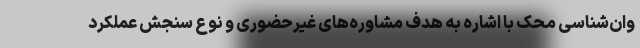
وان‌شناسی محک با اشاره به هدف مشاوره‌های غیرحضوری و نوع سنجش عملکرد